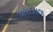
ધમડાછા